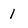
Character: 1